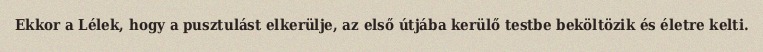
Ekkor a Lélek, hogy a pusztulást elkerülje, az első útjába kerülő testbe beköltözik és életre kelti.